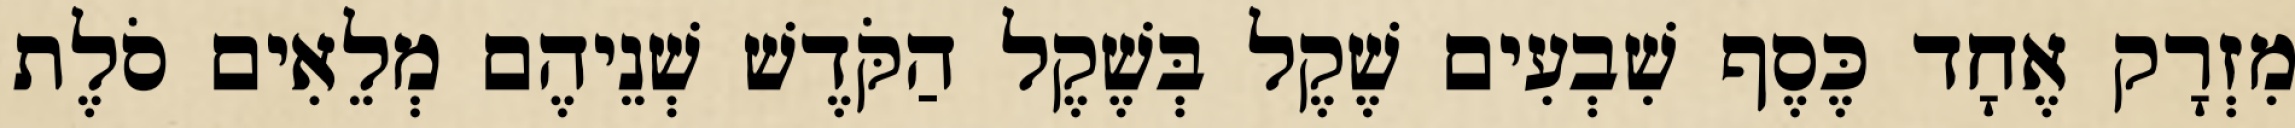
מִזְרָק אֶחָד כֶּסֶף שִׁבְעִים שֶׁקֶל בְּשֶׁקֶל הַקֹּדֶשׁ שְׁנֵיהֶם מְלֵאִים סֹלֶת